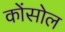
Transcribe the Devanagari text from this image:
कोंसोल